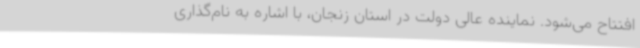
افتتاح می‌شود. نماینده عالی دولت در استان زنجان، با اشاره به نام‌گذاری